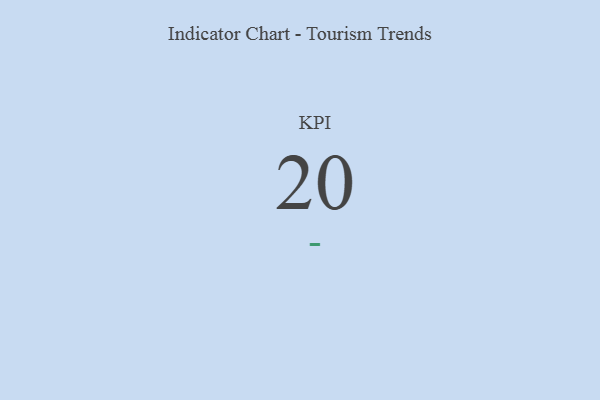
{"axis": {"x": "KPI", "y": "Value"}, "legend": [""], "data": [{"x": "KPI", "y": 20, "type": ""}]}